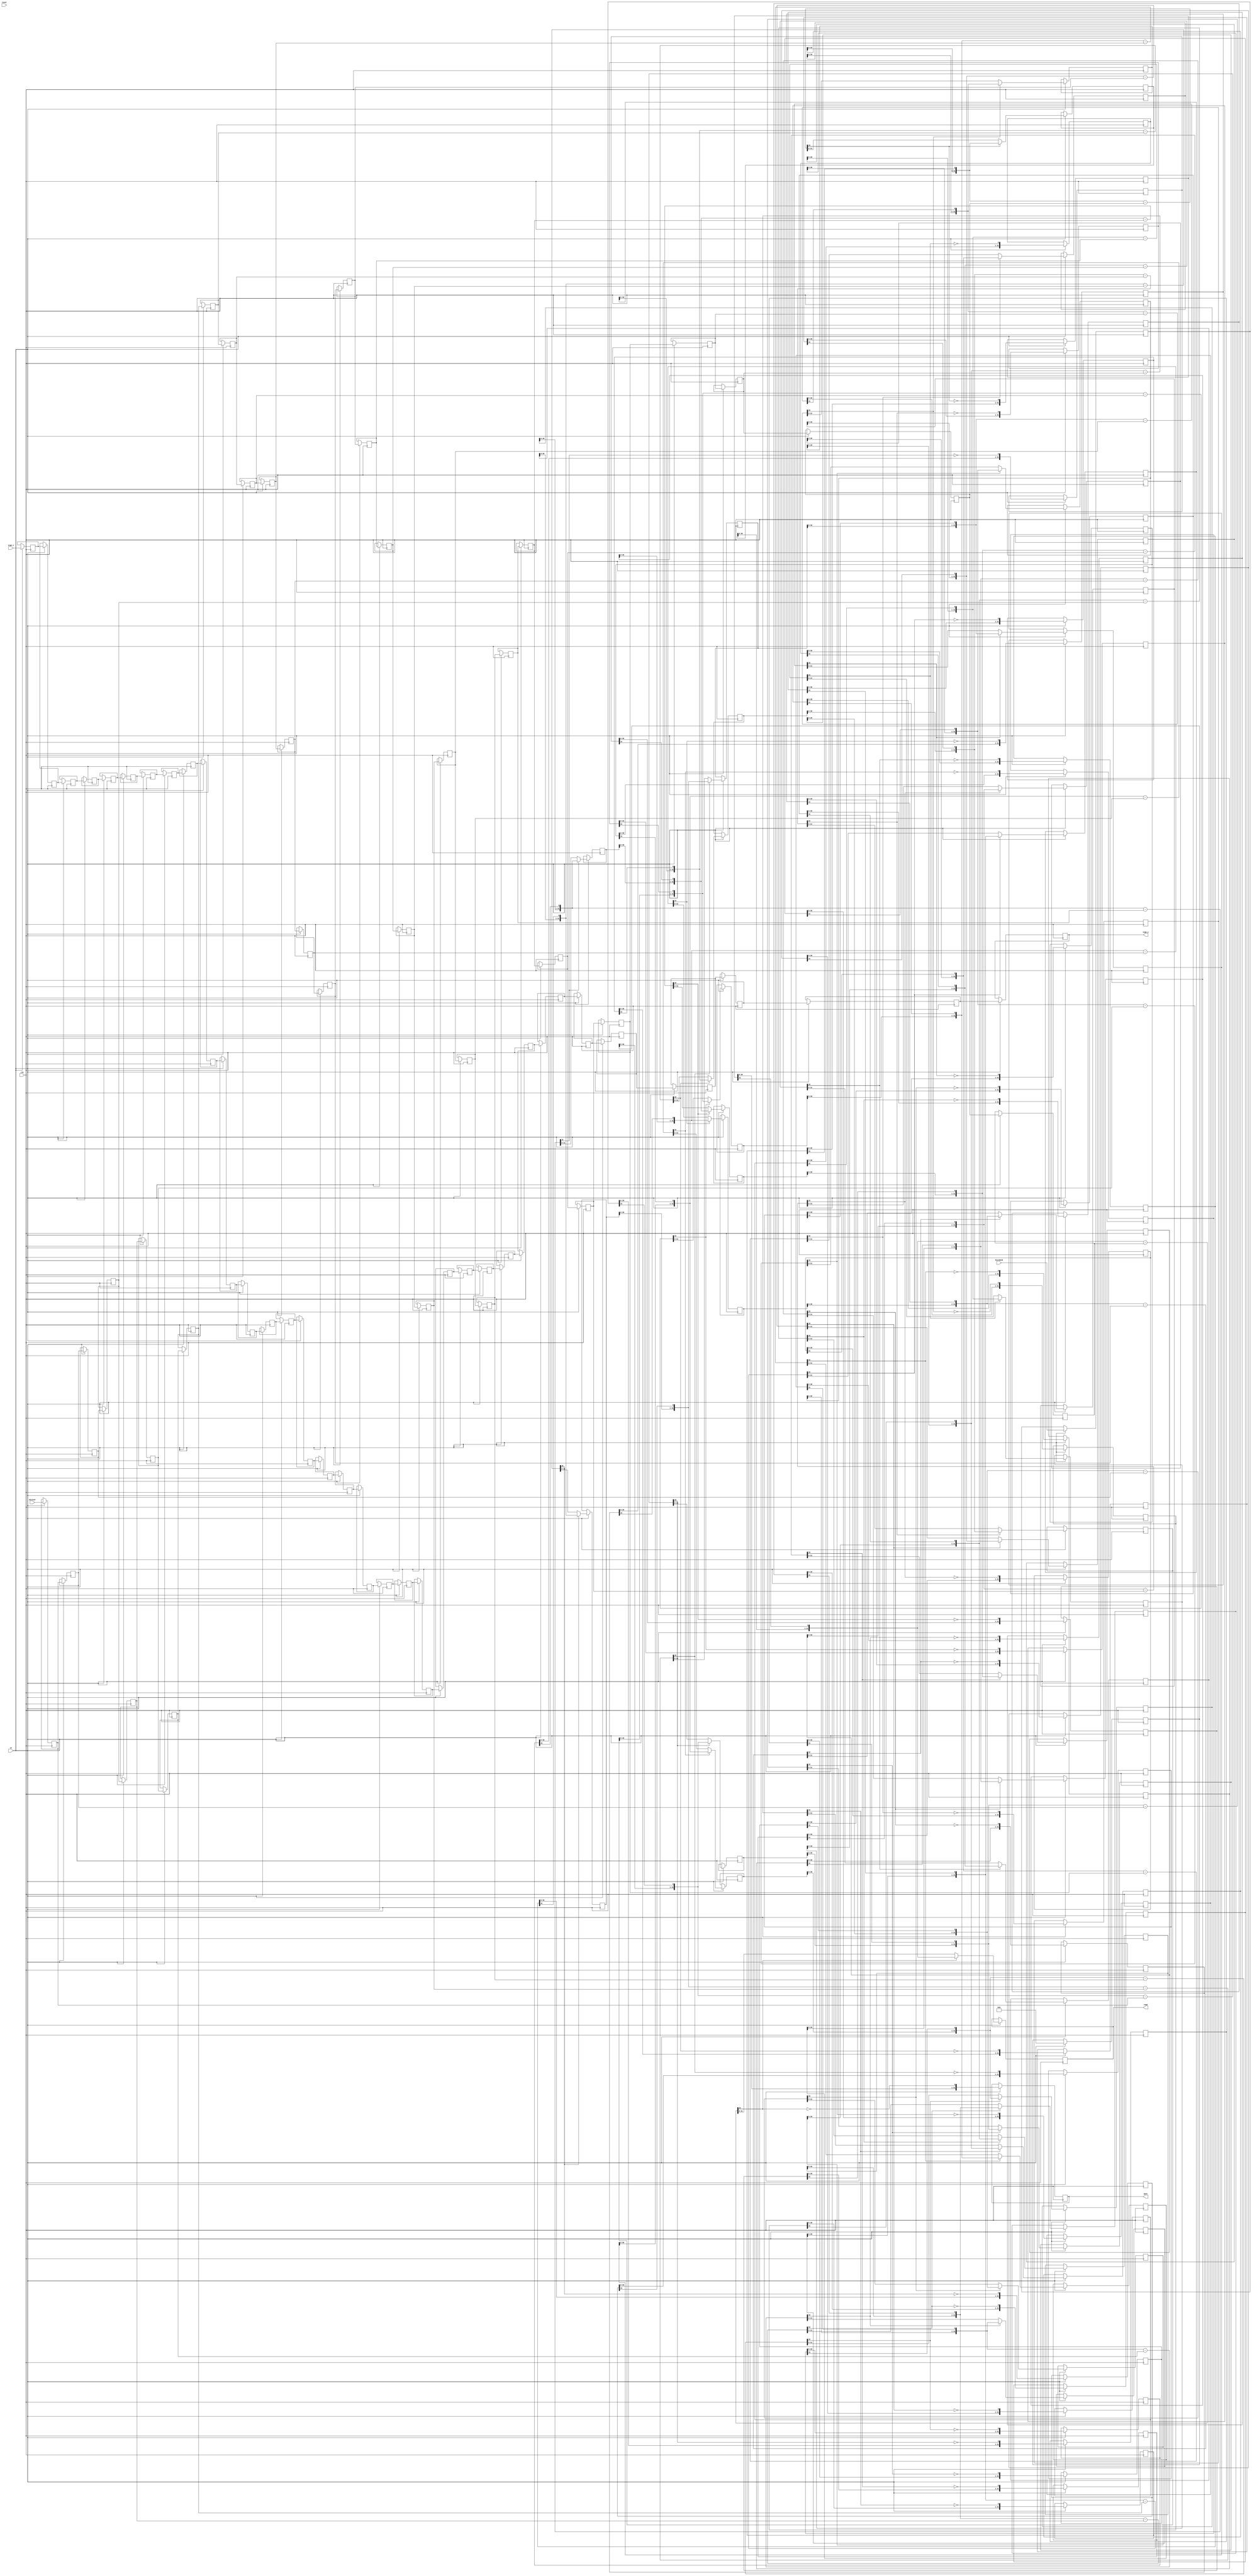
// ==============================================================
// File generated by Vivado(TM) HLS - High-Level Synthesis from C, C++ and SystemC
// Version: 2016.4
// Copyright (C) 1986-2017 Xilinx, Inc. All Rights Reserved.
// 
// ==============================================================

`timescale 1 ns / 1 ps

module col2im_cpu_srem_3jbC_div_u
#(parameter
    in0_WIDTH = 32,
    in1_WIDTH = 32,
    out_WIDTH = 32
)
(
    input                       clk,
    input                       reset,
    input                       ce,
    input       [in0_WIDTH-1:0] dividend,
    input       [in1_WIDTH-1:0] divisor,
    input       [1:0]           sign_i,
    output wire [1:0]           sign_o,
    output wire [out_WIDTH-1:0] quot,
    output wire [out_WIDTH-1:0] remd
);

localparam cal_WIDTH = (in0_WIDTH > in1_WIDTH)? in0_WIDTH : in1_WIDTH;

//------------------------Local signal-------------------
reg  [in0_WIDTH-1:0] dividend_tmp[0:in0_WIDTH];
reg  [in1_WIDTH-1:0] divisor_tmp[0:in0_WIDTH];
reg  [in0_WIDTH-1:0] remd_tmp[0:in0_WIDTH];
wire [in0_WIDTH-1:0] comb_tmp[0:in0_WIDTH-1];
wire [cal_WIDTH:0]   cal_tmp[0:in0_WIDTH-1];
reg  [1:0]           sign_tmp[0:in0_WIDTH];
//------------------------Body---------------------------
assign  quot    = dividend_tmp[in0_WIDTH];
assign  remd    = remd_tmp[in0_WIDTH];
assign  sign_o  = sign_tmp[in0_WIDTH];

// dividend_tmp[0], divisor_tmp[0], remd_tmp[0]
always @(posedge clk)
begin
    if (ce) begin
        dividend_tmp[0] <= dividend;
        divisor_tmp[0]  <= divisor;
        sign_tmp[0]     <= sign_i;
        remd_tmp[0]     <= 1'b0;
    end
end

genvar i;
generate 
    for (i = 0; i < in0_WIDTH; i = i + 1)
    begin : loop
        if (in0_WIDTH == 1) assign  comb_tmp[i]     = dividend_tmp[i][0];
        else                assign  comb_tmp[i]     = {remd_tmp[i][in0_WIDTH-2:0], dividend_tmp[i][in0_WIDTH-1]};
        assign  cal_tmp[i]      = {1'b0, comb_tmp[i]} - {1'b0, divisor_tmp[i]};

        always @(posedge clk)
        begin
            if (ce) begin
                if (in0_WIDTH == 1) dividend_tmp[i+1] <= ~cal_tmp[i][cal_WIDTH];
                else                dividend_tmp[i+1] <= {dividend_tmp[i][in0_WIDTH-2:0], ~cal_tmp[i][cal_WIDTH]};
                divisor_tmp[i+1]  <= divisor_tmp[i];
                remd_tmp[i+1]     <= cal_tmp[i][cal_WIDTH]? comb_tmp[i] : cal_tmp[i][in0_WIDTH-1:0];
                sign_tmp[i+1]     <= sign_tmp[i];
            end
        end
    end
endgenerate

endmodule

module col2im_cpu_srem_3jbC_div
#(parameter
        in0_WIDTH   = 32,
        in1_WIDTH   = 32,
        out_WIDTH   = 32
)
(
        input                           clk,
        input                           reset,
        input                           ce,
        input           [in0_WIDTH-1:0] dividend,
        input           [in1_WIDTH-1:0] divisor,
        output  reg     [out_WIDTH-1:0] quot,
        output  reg     [out_WIDTH-1:0] remd
);
//------------------------Local signal-------------------
reg     [in0_WIDTH-1:0] dividend0;
reg     [in1_WIDTH-1:0] divisor0;
wire    [in0_WIDTH-1:0] dividend_u;
wire    [in1_WIDTH-1:0] divisor_u;
wire    [out_WIDTH-1:0] quot_u;
wire    [out_WIDTH-1:0] remd_u;
wire    [1:0]   sign_i;
wire    [1:0]   sign_o;
//------------------------Instantiation------------------
col2im_cpu_srem_3jbC_div_u #(
    .in0_WIDTH      ( in0_WIDTH ),
    .in1_WIDTH      ( in1_WIDTH ),
    .out_WIDTH      ( out_WIDTH )
) col2im_cpu_srem_3jbC_div_u_0 (
    .clk      ( clk ),
    .reset    ( reset ),
    .ce       ( ce ),
    .dividend ( dividend_u ),
    .divisor  ( divisor_u ),
    .sign_i   ( sign_i ),
    .sign_o   ( sign_o ),
    .quot     ( quot_u ),
    .remd     ( remd_u )
);
//------------------------Body---------------------------
assign sign_i     = {dividend0[in0_WIDTH-1] ^ divisor0[in1_WIDTH-1], dividend0[in0_WIDTH-1]};
assign dividend_u = dividend0[in0_WIDTH-1]? ~dividend0[in0_WIDTH-1:0] + 1'b1 :
                                              dividend0[in0_WIDTH-1:0];
assign divisor_u  = divisor0[in1_WIDTH-1]?  ~divisor0[in1_WIDTH-1:0] + 1'b1 :
                                              divisor0[in1_WIDTH-1:0];

always @(posedge clk)
begin
    if (ce) begin
        dividend0 <= dividend;
        divisor0  <= divisor;
    end
end

always @(posedge clk)
begin
    if (ce) begin
        if (sign_o[1])
            quot <= ~quot_u + 1'b1;
        else
            quot <= quot_u;
    end
end

always @(posedge clk)
begin
    if (ce) begin
        if (sign_o[0])
            remd <= ~remd_u + 1'b1;
        else
            remd <= remd_u;
    end
end

endmodule



`timescale 1 ns / 1 ps
module col2im_cpu_srem_3jbC(
    clk,
    reset,
    ce,
    din0,
    din1,
    dout);

parameter ID = 32'd1;
parameter NUM_STAGE = 32'd1;
parameter din0_WIDTH = 32'd1;
parameter din1_WIDTH = 32'd1;
parameter dout_WIDTH = 32'd1;
input clk;
input reset;
input ce;
input[din0_WIDTH - 1:0] din0;
input[din1_WIDTH - 1:0] din1;
output[dout_WIDTH - 1:0] dout;

wire[dout_WIDTH - 1:0] sig_quot;


col2im_cpu_srem_3jbC_div #(
.in0_WIDTH( din0_WIDTH ),
.in1_WIDTH( din1_WIDTH ),
.out_WIDTH( dout_WIDTH ))
col2im_cpu_srem_3jbC_div_U(
    .dividend( din0 ),
    .divisor( din1 ),
    .remd( dout ),
    .quot( sig_quot ),
    .clk( clk ),
    .ce( ce ),
    .reset( reset ));

endmodule